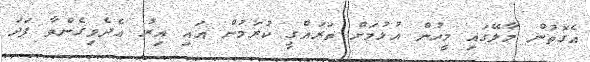
އެގޮތުން މާލޭގައި މީހުން އުޅުމަށް ތަރައްގީ ކުރަމުން އައި އިރު އެދެވިގެންވާ ފަދަ